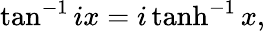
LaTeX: \tan^{-1}ix=i\operatorname{tanh}^{-1}x,